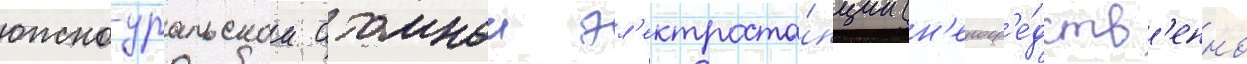
южно-уральскои атомнои эл'ектроста́нции (н'епоср'е́дств'енно